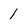
Character: 1